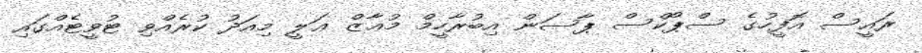
ރައީސް އޮފީހުގެ ސްޕޯކްސް ޕާސަން އިބުރާހީމް މުޢާޒް ޢަލީ މިއަދު ކުރެއްވި ޓުވީޓެއްގައި